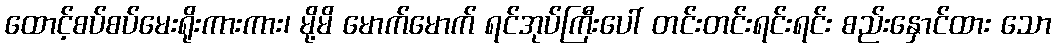
ထောင့်စပ်စပ်မေးရိုးကားကား၊ မို့မိ မောက်မောက် ရင်အုပ်ကြီးပေါ် တင်းတင်းရင်းရင်း စည်းနှောင်ထား သော